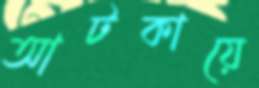
আটকায়ে